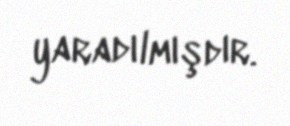
yaradılmışdır.